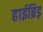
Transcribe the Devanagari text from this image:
हाईब्रिड़